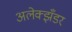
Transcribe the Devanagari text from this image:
अलेक्झँडर